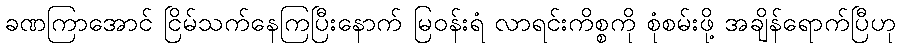
ခဏကြာအောင် ငြိမ်သက်နေကြပြီးနောက် မြဝန်းရံ လာရင်းကိစ္စကို စုံစမ်းဖို့ အချိန်ရောက်ပြီဟု